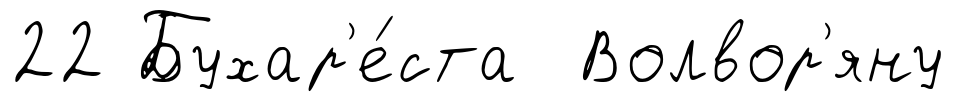
22 Бухар'е́ста Волвор'яну